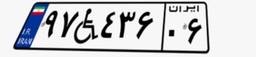
۴۲W۹۴۶۷۸